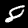
Digit: 8